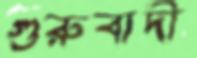
গুরুবাদী